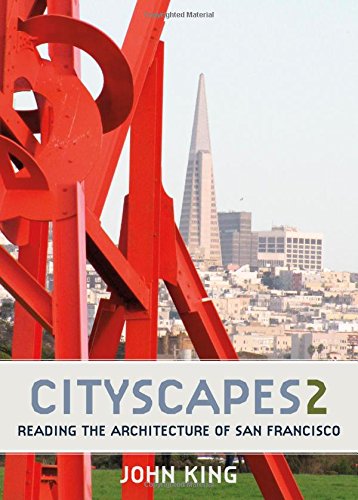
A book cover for Cityscapes 2: Reading the Architecture of San Francisco; John King; Arts & Photography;